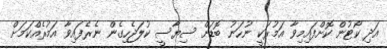
އަދި ކޯޓުން ކޮށްފައިމިވާ އަމުރަކީ ނުހަނު ބޮޑަށް ސިޔާސީ ކުލަޖެހިގެން ނެރެފައިވާ އަމުރެއްކަމަށް